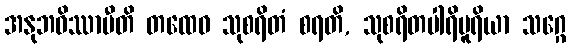
အနုဘဝိဿာမီတိ တထေဝ သုစရိတံ စရတိ, သုစရိတပါရိပူရိယာ သဂ္ဂေ